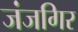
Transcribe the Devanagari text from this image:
जंजगिर